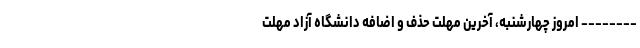
-------- امروز چهارشنبه، آخرین مهلت حذف و اضافه دانشگاه آزاد مهلت